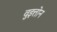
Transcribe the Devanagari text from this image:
वुइत्तोन